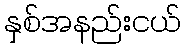
နှစ်အနည်းငယ်